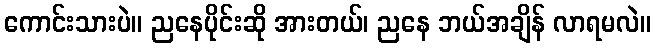
ကောင်းသားပဲ။ ညနေပိုင်းဆို အားတယ်၊ ညနေ ဘယ်အချိန် လာရမလဲ။